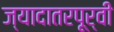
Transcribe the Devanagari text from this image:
ज्यादातरपूर्वी